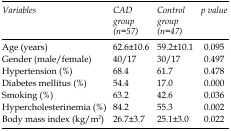
<table><thead><tr><td><b>Variables</b></td><td><b>CAD group (n=57)</b></td><td><b>Control group (n=47)</b></td><td><b><i>p </i>value</b></td></tr></thead><tbody><tr><td>Age (years)</td><td>62.6±10.6</td><td>59.2±10.1</td><td>0.095</td></tr><tr><td>Gender (male/female)</td><td>40/17</td><td>30/17</td><td>0.497</td></tr><tr><td>Hypertension (%)</td><td>68.4</td><td>61.7</td><td>0.478</td></tr><tr><td>Diabetes mellitus (%)</td><td>54.4</td><td>17.0</td><td>0.000</td></tr><tr><td>Smoking (%)</td><td>63.2</td><td>42.6</td><td>0.036</td></tr><tr><td>Hypercholesterinemia (%)</td><td>84.2</td><td>55.3</td><td>0.002</td></tr><tr><td>Body mass index (kg/m<sup>2</sup>)</td><td>26.7±3.7</td><td>25.1±3.0</td><td>0.022</td></tr></tbody></table>